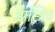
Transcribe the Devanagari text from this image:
ऑस्ट्रिच